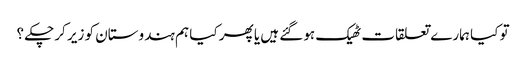
تو کیا ہمارے تعلقات ٹھیک ہوگئے ہیں یا پھر کیا ہم ہندوستان کو زیر کرچکے ؟